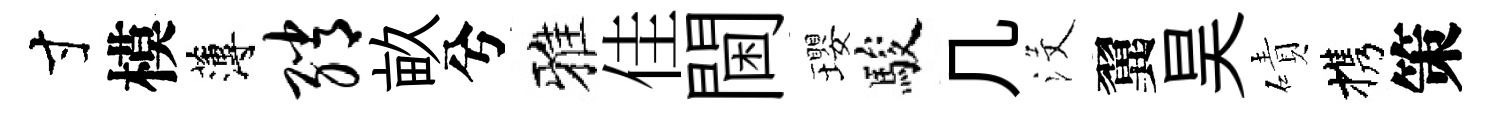
寸模薄绡畝兮雅佳閫瓔駿几沒翼昊磧携策